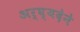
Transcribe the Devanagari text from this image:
अर्घ्यदेने